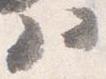
ハ